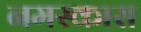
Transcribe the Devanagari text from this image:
नमस्कारा